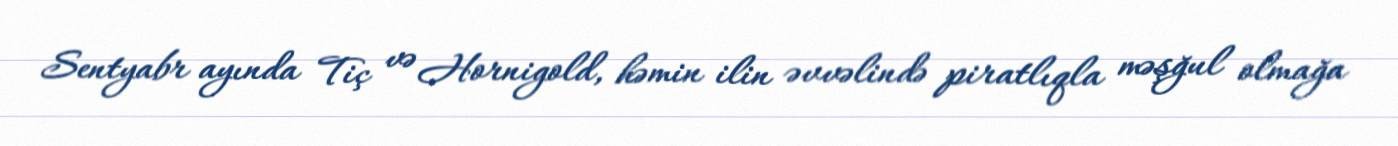
Sentyabr ayında Tiç və Hornigold, həmin ilin əvvəlində piratlıqla məşğul olmağa